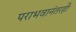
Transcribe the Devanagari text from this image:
पराभवानंतरही